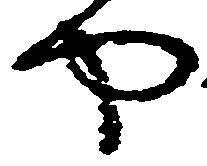
や